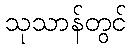
သုသာန်တွင်